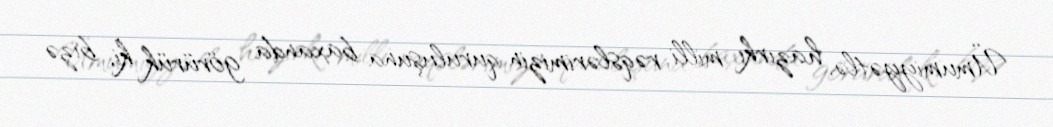
Ümumiyyətlə, hazırkı milli rəqslərimizin quruluşuna baxanda görürük ki, bizə